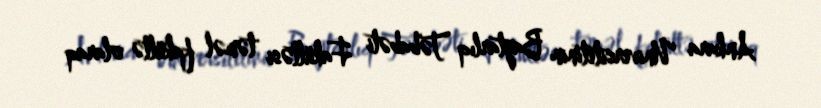
Ankara Universitetinin Baytarlıq Təbabəti Fakültəsi təməl fakültə olaraq